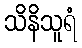
သိနိသူရံ